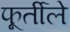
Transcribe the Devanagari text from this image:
फूर्तीले